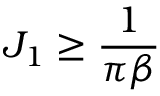
J _ { 1 } \geq \frac { 1 } { \pi \beta }